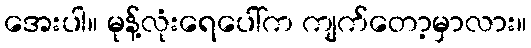
အေးပါ။ မုန့်လုံးရေပေါ်က ကျက်တော့မှာလား။